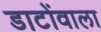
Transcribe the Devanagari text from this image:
डाटोंवाला